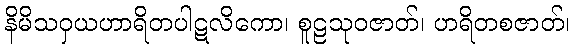
နိမိသဝှယဟာရိတပါဋလိကော၊ စူဠသုဝဇာတ်၊ ဟရိတစဇာတ်၊